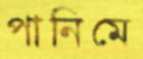
পানিমে